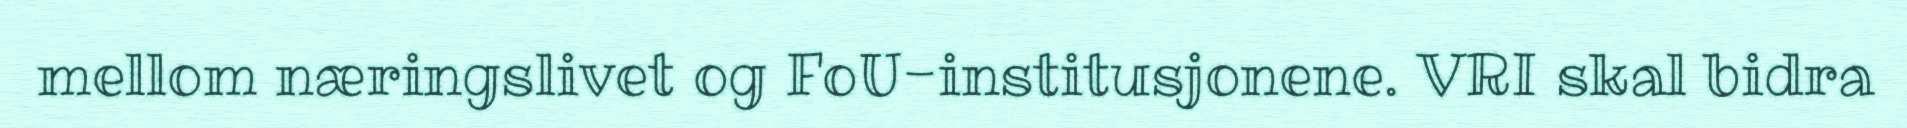
mellom næringslivet og FoU-institusjonene. VRI skal bidra